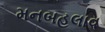
મનબહલાવ